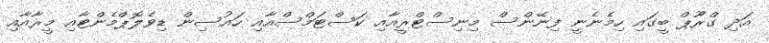
އަދި ގްރޫޕް ބީގައި ހިމެނެނީ ފިނޭންސް މިނިސްޓްރީއާއި ކަސްޓަމްސްއާއި ހައުސިން ޑިވެލޮޕްމެންޓާއި މީރާއާއި